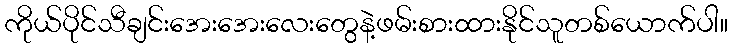
ကိုယ်ပိုင်သီချင်းအေးအေးလေးတွေနဲ့ဖမ်းစားထားနိုင်သူတစ်ယောက်ပါ။